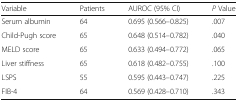
<table><thead><tr><td><b>Variable</b></td><td><b>Patients</b></td><td><b>AUROC (95% CI)</b></td><td><b><i>P</i> Value</b></td></tr></thead><tbody><tr><td>Serum albumin</td><td>64</td><td>0.695 (0.566–0.825)</td><td>.007</td></tr><tr><td>Child-Pugh score</td><td>65</td><td>0.648 (0.514–0.782)</td><td>.040</td></tr><tr><td>MELD score</td><td>65</td><td>0.633 (0.494–0.772)</td><td>.065</td></tr><tr><td>Liver stiffness</td><td>65</td><td>0.618 (0.482–0.755)</td><td>.100</td></tr><tr><td>LSPS</td><td>55</td><td>0.595 (0.443–0.747)</td><td>.225</td></tr><tr><td>FIB-4</td><td>64</td><td>0.569 (0.428–0.710)</td><td>.343</td></tr></tbody></table>